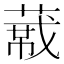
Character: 𬝼